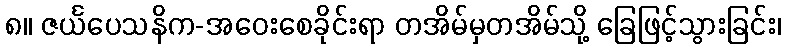
၈။ ဇင်္ယပေသနိက-အဝေးစေခိုင်းရာ တအိမ်မှတအိမ်သို့ ခြေဖြင့်သွားခြင်း၊